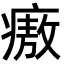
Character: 㾲